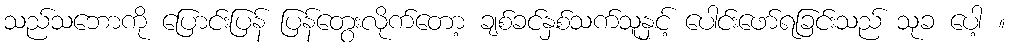
သည်သဘောကို ပြောင်းပြန် ပြန်တွေးလိုက်တော့ ချစ်ခင်နှစ်သက်သူနှင့် ပေါင်းဖော်ရခြင်းသည် သုခ ပေါ့ ။